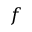
f